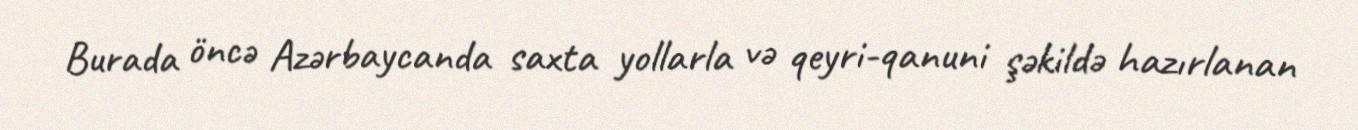
Burada öncə Azərbaycanda saxta yollarla və qeyri-qanuni şəkildə hazırlanan